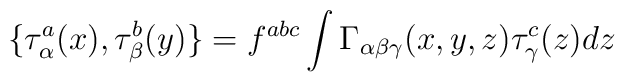
\{\tau_\alpha^a(x),\tau_\beta^b(y)\}=f^{abc}\int\Gamma_{\alpha\beta\gamma}(x,y,z) \tau_\gamma^c(z) dz